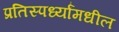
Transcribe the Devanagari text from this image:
प्रतिस्पर्ध्यांमधील